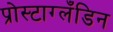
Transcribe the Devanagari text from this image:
प्रोस्टाग्लँडिन